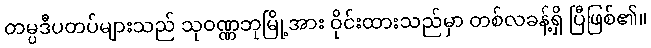
တမ္ပဒီပတပ်များသည် သုဝဏ္ဏဘုမြို့အား ဝိုင်းထားသည်မှာ တစ်လခန့်ရှိ ပြီဖြစ်၏။